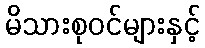
မိသားစုဝင်များနှင့်